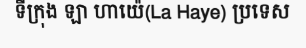
ទីក្រុង ឡា ហាយ៉េ(La Haye) ប្រទេស